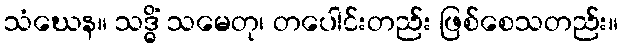
သံဃေန။ သဒ္ဓိံ သမေတု၊ တပေါင်းတည်း ဖြစ်စေသတည်း။